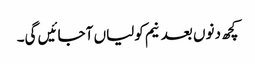
کچھ دنوں بعد نیم کولیاں آجائیں گی۔